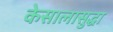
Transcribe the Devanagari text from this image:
केसालासुद्धा